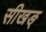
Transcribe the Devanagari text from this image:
सीखङ्